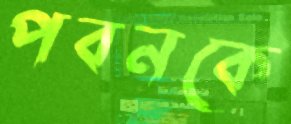
পবনকে